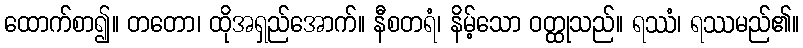
ထောက်စာ၍။ တတော၊ ထိုအရှည်အောက်။ နီစတရံ၊ နိမ့်သော ဝတ္ထုသည်။ ရဿံ၊ ရဿမည်၏။